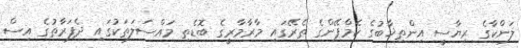
ލަންކާގެ ރިޔާސީ އިންތިޚާބުގެ ކެމްޕޭންގެ ތެރޭގައި މާރާމާރީގެ ބޮޑެތި މައްސަލަތަކުގައި ދެފަރާތުގެ އިސް